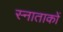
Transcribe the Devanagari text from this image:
स्नाताकों